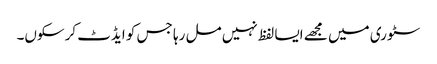
سٹوری میں مجھے ایسا لفظ نہیں مل رہا جس کو ایڈٹ کرسکوں۔